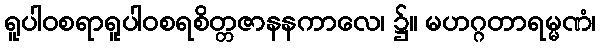
ရူပါဝစရာရူပါဝစရစိတ္တဇာနနကာလေ၊ ၌။ မဟဂ္ဂတာရမ္မဏံ၊